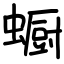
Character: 蟵